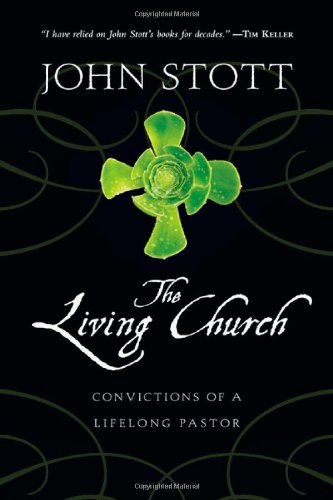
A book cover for The Living Church: Convictions of a Lifelong Pastor; John Stott; Christian Books & Bibles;